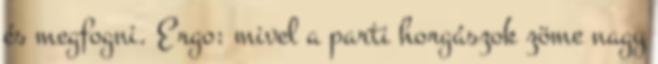
és megfogni. Ergo: mivel a parti horgászok zöme nagy